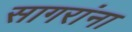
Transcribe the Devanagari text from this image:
सागरांना